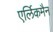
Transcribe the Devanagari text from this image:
एर्लिकमैन